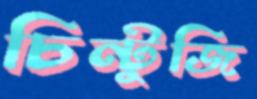
চিন্টুজি